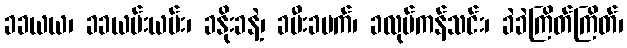
ခခယယ၊ ခခယမ်းယမ်း၊ ခနိုးခနဲ့၊ ခမီးခမက်၊ ခလုပ်ကန်သင်း၊ ခဲခဲကြိတ်ကြိတ်၊